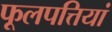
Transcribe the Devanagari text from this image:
फूलपत्तियां